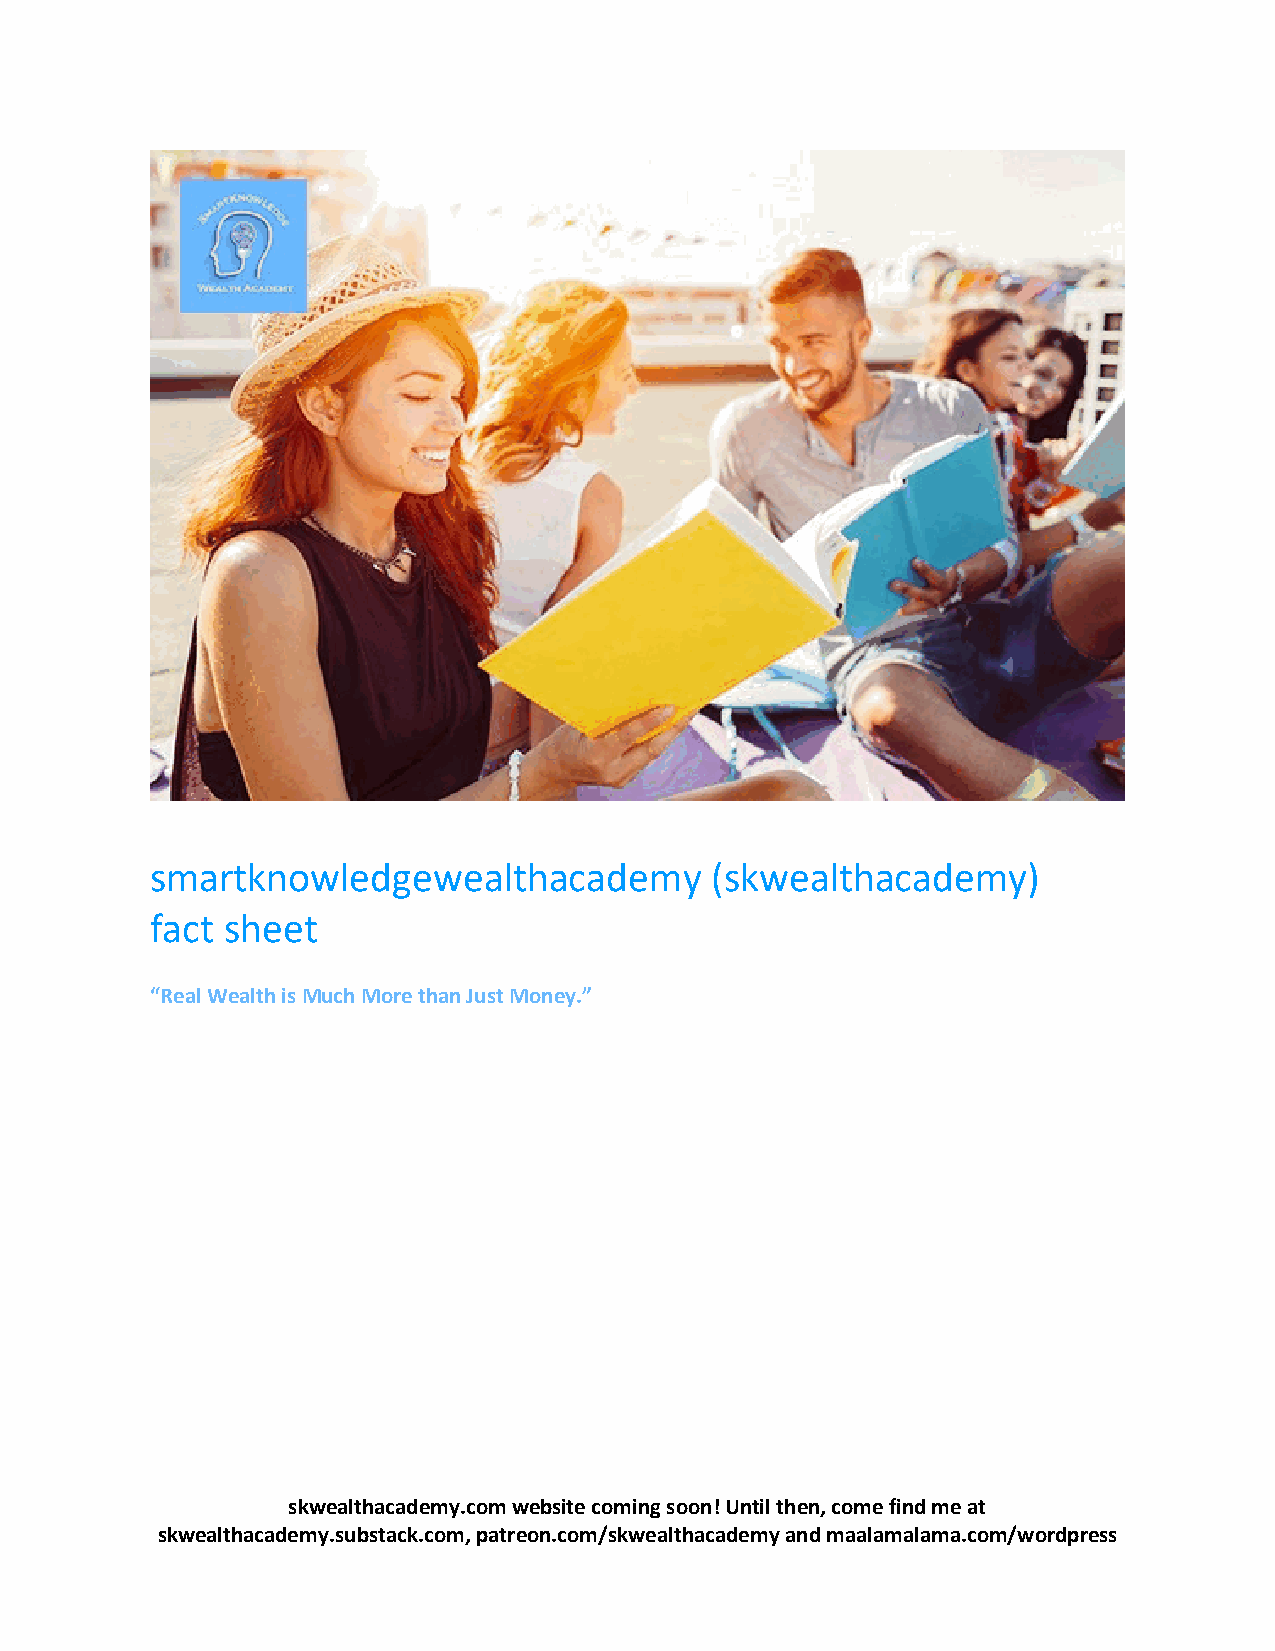
smartknowledgewealthacademy          (skwealthacademy)
 fact sheet
 “Real Wealth is Much More than Just Money.”
 skwealthacademy.com website coming soon! Until then, come find me at
 skwealthacademy.substack.com, patreon.com/skwealthacademy and maalamalama.com/wordpress